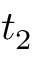
t _ { 2 }